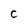
Character: c